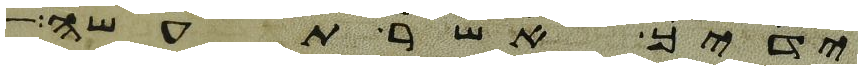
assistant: ידיך אשר תעשה